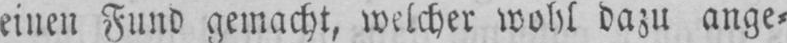
einen Fund gemacht, welcher wohl dazu ange⸗